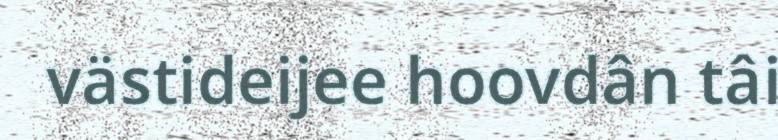
västideijee hoovdân tâi